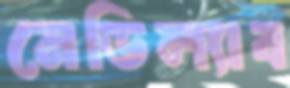
মেডিল্যাব